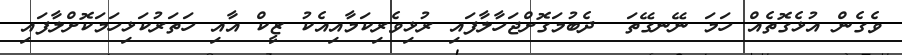
ވެގެން އުޅެގޮތެއް ހަމަ ނޭނގޭތަ  ދެބުމަގޮށްޖަހާލާފައި ރުޅިވެރިކަމާއިއެކު ޒީކް އާއި ހަތަރުކަޅިހަމަކޮށްލާފައި